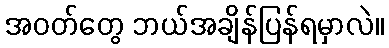
အဝတ်တွေ ဘယ်အချိန်ပြန်ရမှာလဲ။